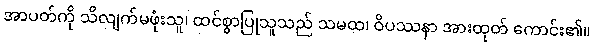
အာပတ်ကို သိလျက်မဖုံးသူ၊ ထင်စွာပြုသူသည် သမထ၊ ဝိပဿနာ အားထုတ် ကောင်း၏။